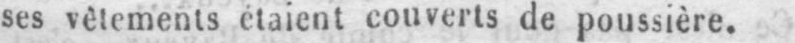
ses vêlements étaient couverts de poussière.